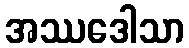
အဿဒေါသာ